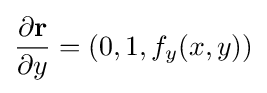
{\partial \mathbf {r}  \over \partial y}=(0,1,f_{y}(x,y))